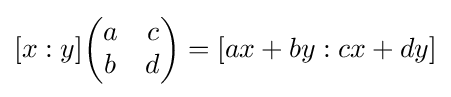
[x:y]{\begin{pmatrix}a&c\\b&d\end{pmatrix}}=[ax+by:cx+dy]